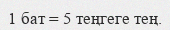
1 бат = 5 теңгеге тең.